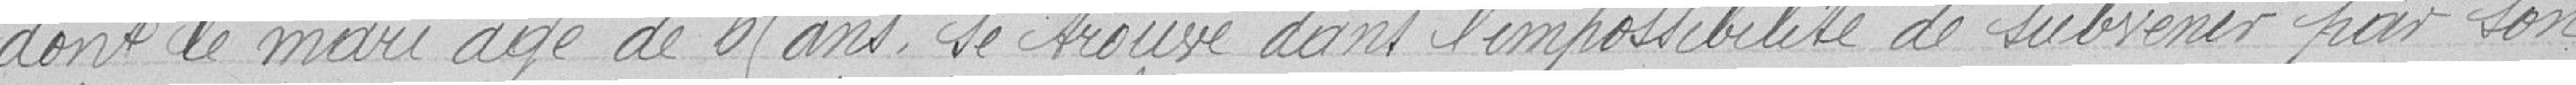
dont le mari âgé de 65 ans, se trouve dans l'impossibilité de subvenir par son